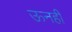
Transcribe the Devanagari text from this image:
ऊनही